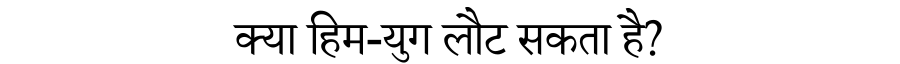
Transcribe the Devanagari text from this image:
क्या हिम-युग लौट सकता है?